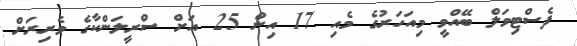
ފެސްޓިވަލް ބޭއްވީ މިއަހަރުގެ މެއި 17 އިން 25 އަށް ސްރީލަންކާގެ ވެރިރަށް